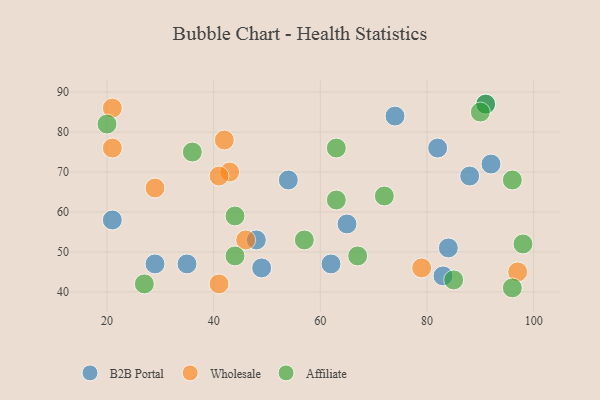
{"axis": {"x": "GDP", "y": "Life Expectancy"}, "legend": ["Affiliate", "B2B Portal", "Wholesale"], "data": [{"x": "62", "y": 47, "type": "B2B Portal"}, {"x": "49", "y": 46, "type": "B2B Portal"}, {"x": "35", "y": 47, "type": "B2B Portal"}, {"x": "48", "y": 53, "type": "B2B Portal"}, {"x": "91", "y": 87, "type": "B2B Portal"}, {"x": "65", "y": 57, "type": "B2B Portal"}, {"x": "29", "y": 47, "type": "B2B Portal"}, {"x": "82", "y": 76, "type": "B2B Portal"}, {"x": "83", "y": 44, "type": "B2B Portal"}, {"x": "54", "y": 68, "type": "B2B Portal"}, {"x": "21", "y": 58, "type": "B2B Portal"}, {"x": "92", "y": 72, "type": "B2B Portal"}, {"x": "84", "y": 51, "type": "B2B Portal"}, {"x": "74", "y": 84, "type": "B2B Portal"}, {"x": "88", "y": 69, "type": "B2B Portal"}, {"x": "43", "y": 70, "type": "Wholesale"}, {"x": "97", "y": 45, "type": "Wholesale"}, {"x": "41", "y": 42, "type": "Wholesale"}, {"x": "21", "y": 86, "type": "Wholesale"}, {"x": "79", "y": 46, "type": "Wholesale"}, {"x": "46", "y": 53, "type": "Wholesale"}, {"x": "29", "y": 66, "type": "Wholesale"}, {"x": "42", "y": 78, "type": "Wholesale"}, {"x": "21", "y": 76, "type": "Wholesale"}, {"x": "41", "y": 69, "type": "Wholesale"}, {"x": "67", "y": 49, "type": "Affiliate"}, {"x": "85", "y": 43, "type": "Affiliate"}, {"x": "98", "y": 52, "type": "Affiliate"}, {"x": "20", "y": 82, "type": "Affiliate"}, {"x": "72", "y": 64, "type": "Affiliate"}, {"x": "63", "y": 63, "type": "Affiliate"}, {"x": "36", "y": 75, "type": "Affiliate"}, {"x": "63", "y": 76, "type": "Affiliate"}, {"x": "27", "y": 42, "type": "Affiliate"}, {"x": "44", "y": 59, "type": "Affiliate"}, {"x": "91", "y": 87, "type": "Affiliate"}, {"x": "90", "y": 85, "type": "Affiliate"}, {"x": "57", "y": 53, "type": "Affiliate"}, {"x": "96", "y": 68, "type": "Affiliate"}, {"x": "44", "y": 49, "type": "Affiliate"}, {"x": "96", "y": 41, "type": "Affiliate"}]}